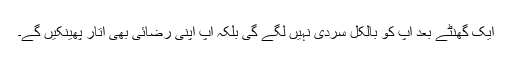
ایک گھنٹے بعد آپ کو بالکل سردی نہیں لگے گی بلکہ آپ اپنی رضائی بھی اتار پھینکیں گے۔